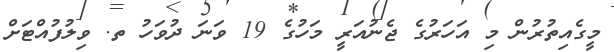
މީގެއިތުރުން މި އަހަރުގެ ޖެނުއަރީ މަހުގެ 19 ވަނަ ދުވަހު ތ. ވިލުފުއްޓަށް